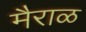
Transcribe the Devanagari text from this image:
मैराळ